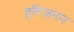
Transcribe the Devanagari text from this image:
हरिजनन